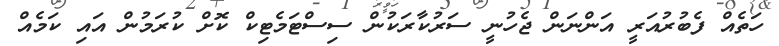
ހަތެއް ފެބުރުއަރީ އަންނަން ޖެހުނީ ސަރުކާރަކުން ސިސްޓަމެޓިކް ކޮށް ކުރަމުން އައި ކަމެއް